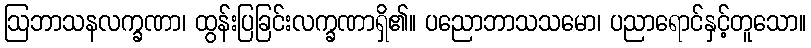
ဩဘာသနလက္ခဏာ၊ ထွန်းပြခြင်းလက္ခဏာရှိ၏။ ပညောဘာသသမော၊ ပညာရောင်နှင့်တူသော။